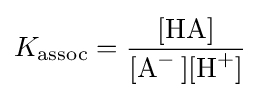
K_{\text{assoc}}={\frac {{\ce {[HA]}}}{{\ce {[A- ][H+]}}}}